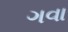
ગવા